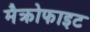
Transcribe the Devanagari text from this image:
मैक्रोफाइट